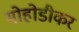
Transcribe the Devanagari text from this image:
मोहोडीकर